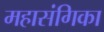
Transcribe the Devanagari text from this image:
महासंगिका